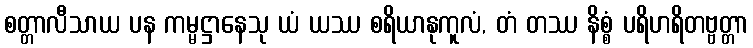
စတ္တာလီသာယ ပန ကမ္မဋ္ဌာနေသု ယံ ယဿ စရိယာနုကူလံ, တံ တဿ နိစ္စံ ပရိဟရိတဗ္ဗတ္တာ